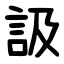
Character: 訯